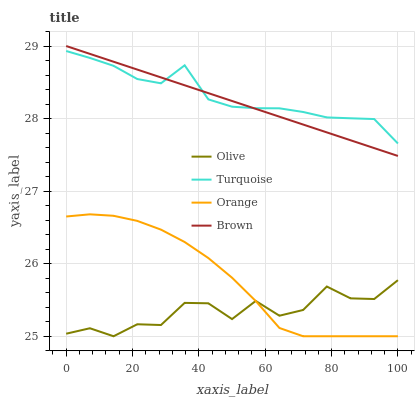
| xaxis_label | Olive | Turquoise | Orange | Brown |
 | --- | --- | --- | --- | --- |
 | 0 | 25 | 28.9 | 26.7 | 29 |
 | 7.14 | 25.1 | 28.8 | 26.7 | 28.9 |
 | 14.3 | 25 | 28.7 | 26.7 | 28.8 |
 | 21.4 | 25.2 | 28.5 | 26.6 | 28.7 |
 | 28.6 | 25.2 | 28.5 | 26.5 | 28.6 |
 | 35.7 | 25.5 | 28.7 | 26.3 | 28.5 |
 | 42.9 | 25.5 | 28.3 | 26.1 | 28.4 |
 | 50 | 25.2 | 28.2 | 25.8 | 28.2 |
 | 57.1 | 25.5 | 28.1 | 25.5 | 28.1 |
 | 64.3 | 25.3 | 28.1 | 25.1 | 28 |
 | 71.4 | 25.4 | 28.1 | 25 | 27.9 |
 | 78.6 | 25.7 | 28 | 25 | 27.8 |
 | 85.7 | 25.5 | 28 | 25 | 27.7 |
 | 92.9 | 25.5 | 28 | 25 | 27.6 |
 | 100 | 25.8 | 27.7 | 25 | 27.5 |